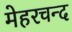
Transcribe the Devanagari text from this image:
मेहरचन्द